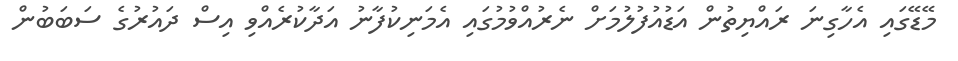
މޭޑޭގައި އެހާގިނަ ރައްޔިތުން އަޑުއުފުލުމަށް ނެރުއްވުމުގައި އެމަނިކުފާނު އަދާކުރެއްވި އިސް ދައުރުގެ ސަބަބުން